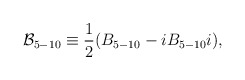
\begin{align*}{\cal B}_{5-10} \equiv \frac{1}{2} ( B_{5-10} - i B_{5-10} i),\end{align*}